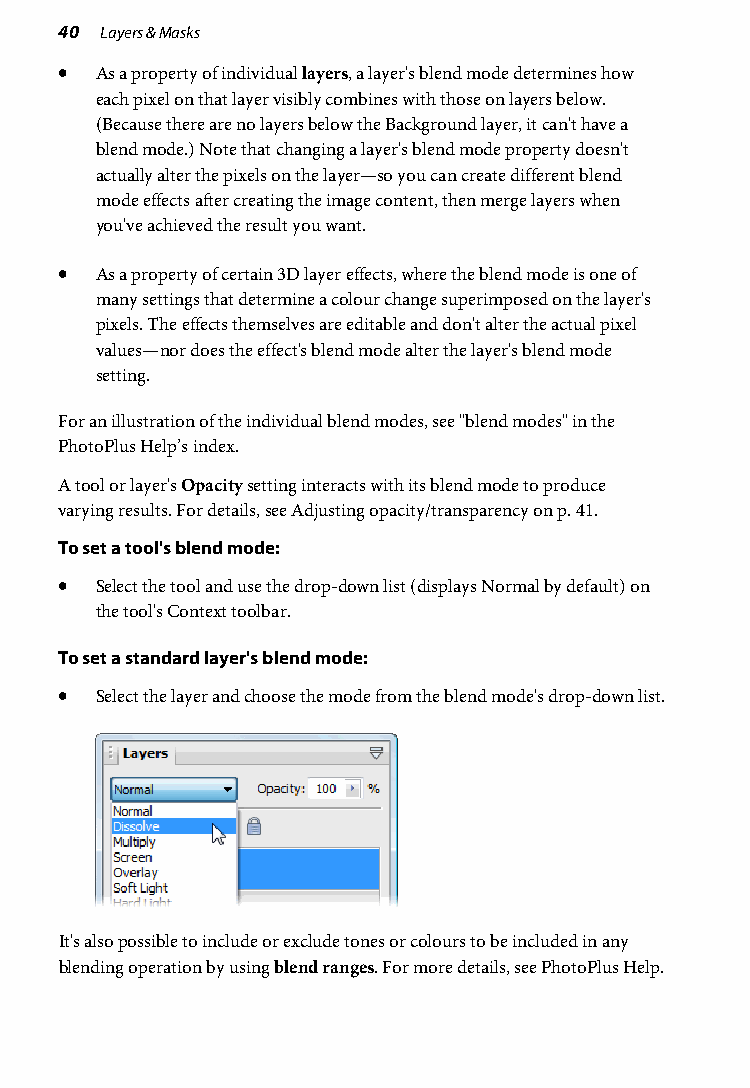
40 Layers & Masks
 • As a property of individual layers, a layer's blend mode determines how
 each pixel on that layer visibly combines with those on layers below.
 (Because there are no layers below the Background layer, it can't have a
 blend mode.) Note that changing a layer's blend mode property doesn't
 actually alter the pixels on the layer—so you can create different blend
 mode effects after creating the image content, then merge layers when
 you've achieved the result you want.
 • As a property of certain 3D layer effects, where the blend mode is one of
 many settings that determine a colour change superimposed on the layer's
 pixels. The effects themselves are editable and don't alter the actual pixel
 values—nor does the effect's blend mode alter the layer's blend mode
 setting.
 For an illustration of the individual blend modes, see "blend modes" in the
 PhotoPlus Help’s index.
 A tool or layer's Opacity setting interacts with its blend mode to produce
 varying results. For details, see Adjusting opacity/transparency on p. 41.
 To set a tool's blend mode:
 • Select the tool and use the drop-down list (displays Normal by default) on
 the tool's Context toolbar.
 To set a standard layer's blend mode:
 • Select the layer and choose the mode from the blend mode's drop-down list.
 It's also possible to include or exclude tones or colours to be included in any
 blending operation by using blend ranges. For more details, see PhotoPlus Help.